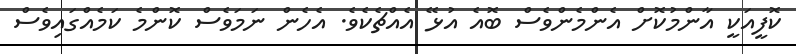
ކޮފީއަކީ އާންމުކޮށް އެންމެންވެސް ބޮއެ އުޅޭ އެއްޗެކެވެ. އެހެން ނަމަވެސް ކޮންމެ ކަމެއްގައިވެސް